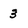
Character: 3